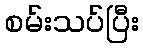
စမ်းသပ်ပြီး